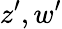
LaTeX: z^{\prime},w^{\prime}